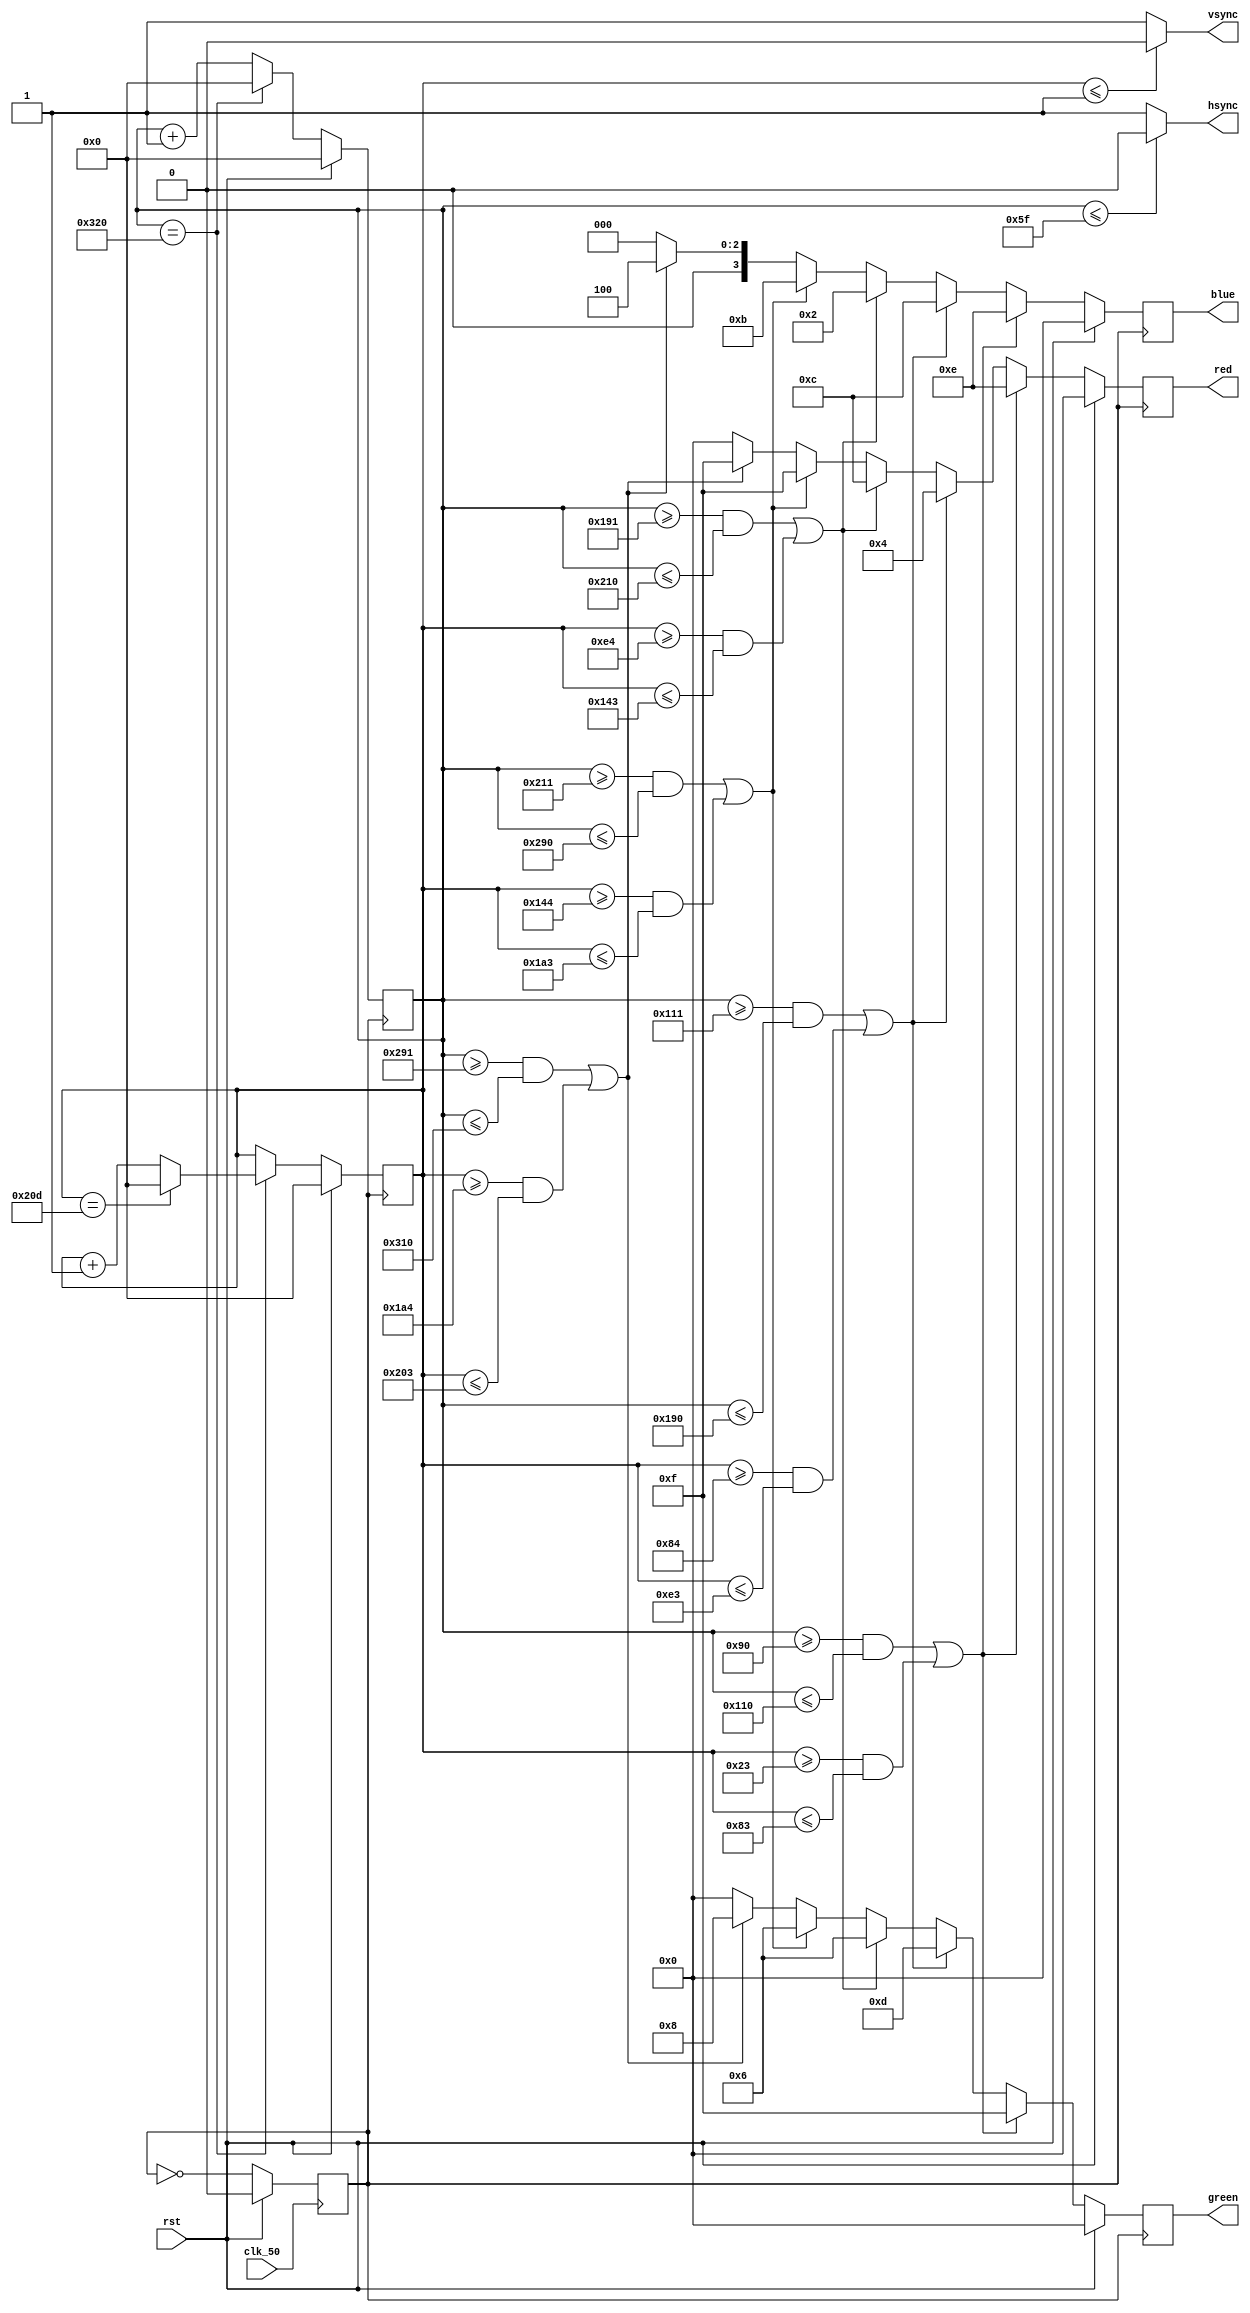
/////////////////////////////////////////////////////////////////////////////////////////////////////////////////////////////////////////////
//                                                      VGA-VIDEO GRAPHIC ARRAY                                                            //
//                              *THINGS TO REMEMBER FOR DESIGNING VGA IN UART SPEC WHICH DE0 BOARD*                                        //
//                     1# THE DE0 BOARD WORKS IN 25 MHZ.                                                                                   //
//                     2# THE REFRESH RATE OR THE DATA WITH WHICH THE DISPLAY DEPENDS IS 60Hz, WHICH MEANS 60 FRAMES PER SECOND.           //
//                     3# THE TOTAL NUMBER OF PIXELS IS 800X525 BUT THE ACTIVE REGION IS 640X480.                                          //
//                     4# THE VSYNC SIGNAL IS CALLED FRAME AND THE HSYNC SIGNAL IS CALLED ROW OF DATA.                                     //
//                     5# THE TOTAL NUMBER OF PIXELS IS 800 X 525 = 420000 PIXELS.                                                         //
//                     6# IF WE TAKE ONE PIXEL PER CLOCK CYCLE, THEN IT WOULD TAKE 420000/25000000 = 0.0168 SECONDS (i.e) 16.8ms           //
//                                                                                                                                         //
//                                                                                                                                         //
//                                                                                                                                         //
//                     THE HORIZONTAL TIMING SPECIFICATION WORKS WITH FOLLOWING s AS:                                                     //
//                                            #1 HSYNC - VGA CLK X HSYNC IN s - 25MHz X 3.8S = 95 (TAKEN 96)                             //
//                                            #2 BACKPORCH - VGA CLK X BACKPORCH IN s - 25MHz X 1.9S = 47.5 (48 Approx)                  //
//                                            #3 DISPLAY INTERVAL - VGA CLK X DISPLAY INTERVAL IN s - 25MHz X 25.4S = 635 (640 Approx)   //
//                                            #4 FRONT PORCH - VGA CLK X FRONT PORCH IN s - 25MHz X 0.6S = 15 (TAKEN 16)                 //
//                                            #5 SO TOTAL HORIZONTAL PIXELS ARE 96 + 48 + 640 + 16 = 800                                   //
//                                                                                                                                         //
//                     THE VERTICAL TIMING SPECIFICATION WORKS WITH FOLLOWING s AS:                                                       //
//                                            #1 VSYNC - VGA CLK X VSYNC IN s - 25MHz X 0.08S = 2                                        //
//                                            #2 BACKPORCH - VGA CLK X BACKPORCH IN s - 25MHz X 1.32S = 33                               //
//                                            #3 DISPLAY INTERVAL - VGA CLK X DISPLAY INTERVAL IN s - 25MHz X 19.2S = 480                //
//                                            #4 FRONT PORCH - VGA CLK X FRONT PORCH IN s - 25MHz X 0.4S = 10                            //
//                                            #5 SO TOTAL HORIZONTAL PIXELS ARE 2 + 33 + 480 + 10 = 525                                    //    
//                                                                                                                                         //
//                                                                                                                                         // 
/////////////////////////////////////////////////////////////////////////////////////////////////////////////////////////////////////////////

module vga (hsync, vsync, clk_50, rst, red, green, blue);

						parameter overall_column = 12'd800, overall_row = 12'd525; 

						input clk_50, rst;

						output reg [3:0] red = 4'd0, green = 4'd0, blue = 4'd0;
						
						output hsync, vsync; 

 ///////////////////////////////////////////////////ASSIGNING THE VALUE FOR HSYNC AND VSYNC//////////////////////////////////////////////////
	
	reg [11:0] hsync_counter = 12'd0;
	reg [11:0] vsync_counter = 12'd0;

	assign hsync = (hsync_counter<=95)? 1'd0: 1'd1;
	assign vsync = (vsync_counter<=1)? 1'd0: 1'd1;

 /////////////////////////////////////////////////////CHANGING THE CLOCK TO 25 Mhz///////////////////////////////////////////////////////////

	reg clk_out_25 = 1'd0;

	always@(posedge clk_50)
		begin
			if(rst)
				begin
					clk_out_25 <= 1'd0;
				end
			else
				begin
					clk_out_25 <= ~clk_out_25;
				end
		end

 ////////////////////////////////////////////////////HSYNC AND VSYNC COUNTER/////////////////////////////////////////////////////////////////

 always@(posedge clk_out_25)
	begin
		if(rst)
			begin
				hsync_counter <= 12'd0;
				vsync_counter <= 12'd0;
			end
		else
			begin
					if (hsync_counter == 12'd800)
						begin
							hsync_counter <= 12'd0;
								if(vsync_counter == 12'd525)
									begin
										vsync_counter <= 12'd0;
									end
								else
									begin
										vsync_counter <= vsync_counter + 1'b1;
									end
						end
					else
						begin
							hsync_counter <= hsync_counter + 1'b1;
						end
			end
	end

 /////////////////////////////////////////////////////////RGB DISPLAY/////////////////////////////////////////////////////////////////////

  always@(posedge clk_out_25)
		begin
			if(rst)
				begin
					red <= 8'd0;
					green <= 8'd0;
					blue <= 8'd0;      
				end 
			else
				begin
					if((hsync_counter>=12'd144 && hsync_counter<=12'd272) || (vsync_counter>=12'd35 && vsync_counter<=12'd131)) //honey dew
						begin
							red <= 4'd14;
							green <= 4'd15;
							blue <= 4'd14;  
						end
					else if((hsync_counter>=12'd273 && hsync_counter<=12'd400) || (vsync_counter>=12'd132 && vsync_counter<=12'd227)) //turquoise
						begin
							red <= 4'd4;
							green <= 4'd13;
							blue <= 4'd12;  
						end
					else if((hsync_counter>=12'd401 && hsync_counter<=12'd528) || (vsync_counter>=12'd228 && vsync_counter<=12'd323)) //chocolate
						begin
							red <= 4'd12;
							green <= 4'd6;
							blue <= 4'd2;   
						end
					else if((hsync_counter>=12'd529 && hsync_counter<=12'd656) || (vsync_counter>=12'd324 && vsync_counter<=12'd419)) //hot pink
						begin
							red <= 4'd15;
							green <= 4'd6;
							blue <= 4'd11;  
						end
					else if((hsync_counter>=12'd657 && hsync_counter<=12'd784) || (vsync_counter>=12'd420 && vsync_counter<=12'd515)) //sienna
						begin
							red <= 4'd15;
							green <= 4'd8;
							blue <= 4'd4;  
						end
					else
						begin
							red <= 4'd0;
							green <= 4'd0;
							blue <= 4'd0;  							
						end
				end
		end

endmodule